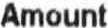
AMOUNT